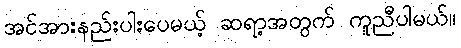
အင်အားနည်းပါးပေမယ့် ဆရာ့အတွက် ကူညီပါမယ်။